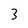
Character: 3